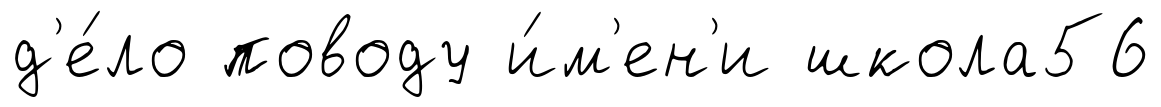
д'е́ло поводу и́м'ен'и школа56